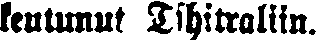
keutunut Tshitraliin.